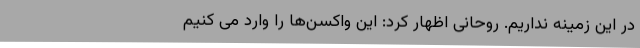
در این زمینه نداریم. روحانی اظهار کرد: این واکسن‌ها را وارد می کنیم